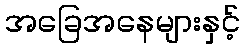
အခြေအနေများနှင့်